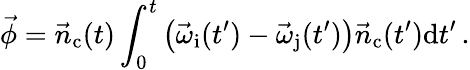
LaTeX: \vec{\phi}=\vec{n}_{\mathrm{c}}(t)\int_{0}^{t}{\left(\vec{\omega}_{\mathrm{i}}(t^{\prime})-\vec{\omega}_{\mathrm{j}}(t^{\prime})\right)\vec{n}_{\mathrm{c}}(t^{\prime})\mathrm{d}t^{\prime}}\, .